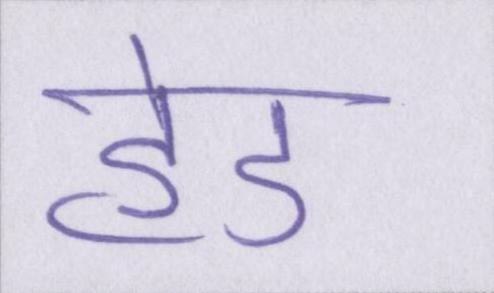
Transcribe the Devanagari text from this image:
हेड